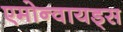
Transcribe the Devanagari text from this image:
एमोन्वायड्स